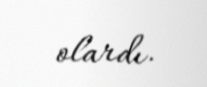
olardı.